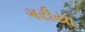
ગરીયા